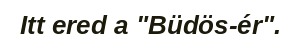
Itt ered a "Büdös-ér".